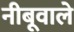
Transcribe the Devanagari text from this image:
नीबूवाले